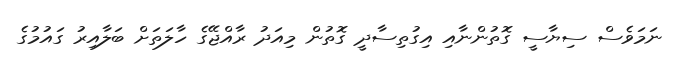
ނަމަވެސް ސިޔާސީ ގޮތުންނާއި އިގުތިސާދީ ގޮތުން މިއަދު ރާއްޖޭގެ ހާލަތަށް ބަލާއިރު ގައުމުގެ